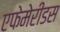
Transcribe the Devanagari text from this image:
एफेमेरीडस